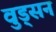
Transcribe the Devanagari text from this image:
वुड्सन